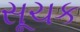
સૂચક